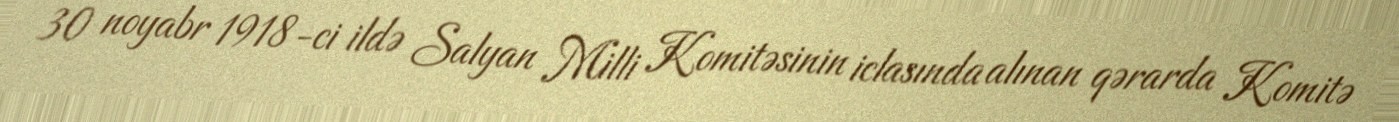
30 noyabr 1918-ci ildə Salyan Milli Komitəsinin iclasında alınan qərarda Komitə